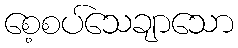
စေ့စပ်သေချာသော